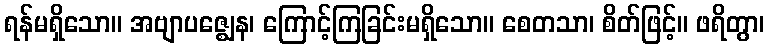
ရန်မရှိသော။ အဗျာပဇ္ဈေန၊ ကြောင့်ကြခြင်းမရှိသော။ စေတသာ၊ စိတ်ဖြင့်။ ဖရိတွာ၊